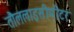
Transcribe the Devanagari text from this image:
तौललाइसीमीटर